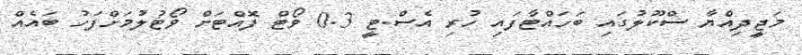
މަޖީދިއްޔާ ސްކޫލުގައި ބަހައްޓާފައި ހުރި އެސް.ޓީ 0.3 ވޯޓް ފޮއްޓަށް ވޯޓުލުމަށްފަހު ބައެއް